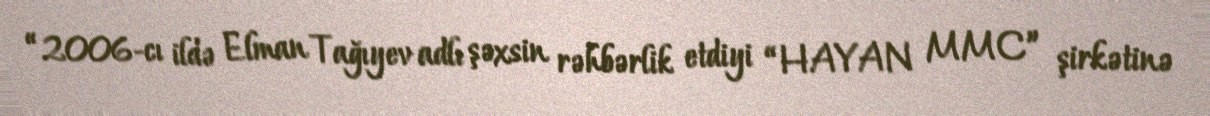
“2006-cı ildə Elman Tağıyev adlı şəxsin rəhbərlik etdiyi “HAYAN MMC” şirkətinə